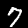
Label: 7